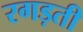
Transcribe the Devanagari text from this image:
रगड़ती